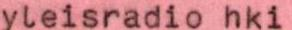
yleisradio hki